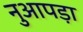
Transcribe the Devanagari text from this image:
नुआपड़ा